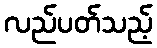
လည်ပတ်သည့်